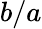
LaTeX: b/a